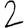
Digit: 2